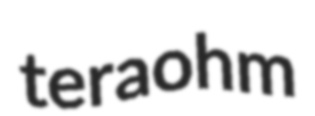
teraohm